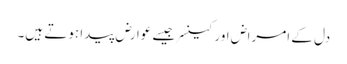
دل کے امراض اور کینسر جیسے عوارض پیدا ہوتے ہیں۔